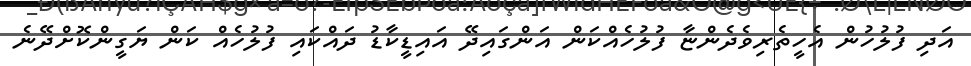
އަދި ފުލުހުން އެހީތެރިވެދެންޏާ ފުލުހެއްކަން އަންގައިދޭ އައިޑީކާޑު ދައްކައި ފުލުހެއް ކަން ޔަގީންކޮށްދޭނެ